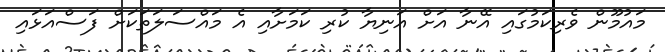
މައުމޫން ވެރިކަމުގައި އޭނާ އަށް އަނިޔާ ކުރި ކަމަށާއި އެ މައްސަލަތަކަށް ފަސްއަޅައި